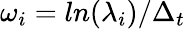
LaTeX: \omega_{i}=ln(\lambda_{i})/\Delta_{t}